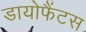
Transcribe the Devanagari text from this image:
डायोफैंटस